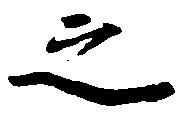
之